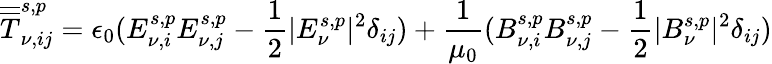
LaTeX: \overline{{\overline{{T}}}}_{\nu,ij}^{s,p}=\epsilon_{0}(E_{\nu,i}^{s,p}E_{\nu,j}^{s,p}-\frac{1}{2}|E_{\nu}^{s,p}|^{2}\delta_{ij})+\frac{1}{\mu_{0}}(B_{\nu,i}^{s,p}B_{\nu,j}^{s,p}-\frac{1}{2}|B_{\nu}^{s,p}|^{2}\delta_{ij})